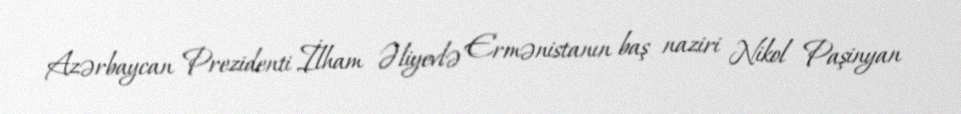
Azərbaycan Prezidenti İlham Əliyevlə Ermənistanın baş naziri Nikol Paşinyan